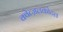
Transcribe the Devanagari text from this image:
क्वेत्ज़लकोटल